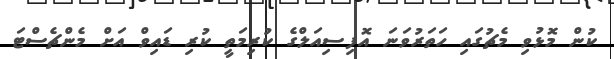
ކުން މޮޅުވި މެޗުގައި ހަތަރުވަނަ އޮފިސިއަލްގެ ކުރިމަތީ ކުރި ޑައިވް އަށް މެންޗެސްޓަ